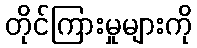
တိုင်ကြားမှုများကို